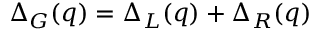
\Delta _ { G } ( q ) = \Delta _ { L } ( q ) + \Delta _ { R } ( q )